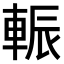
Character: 𨌑